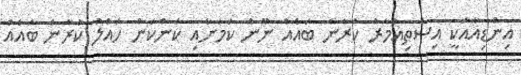
އިންޑިއާއަކީ އިސްތިއުމާރު ކުރާނެ ބައެއް ނޫން ކަމަށާއި ކަންކަން ހައްލު ކުރާނެ ބައެއް